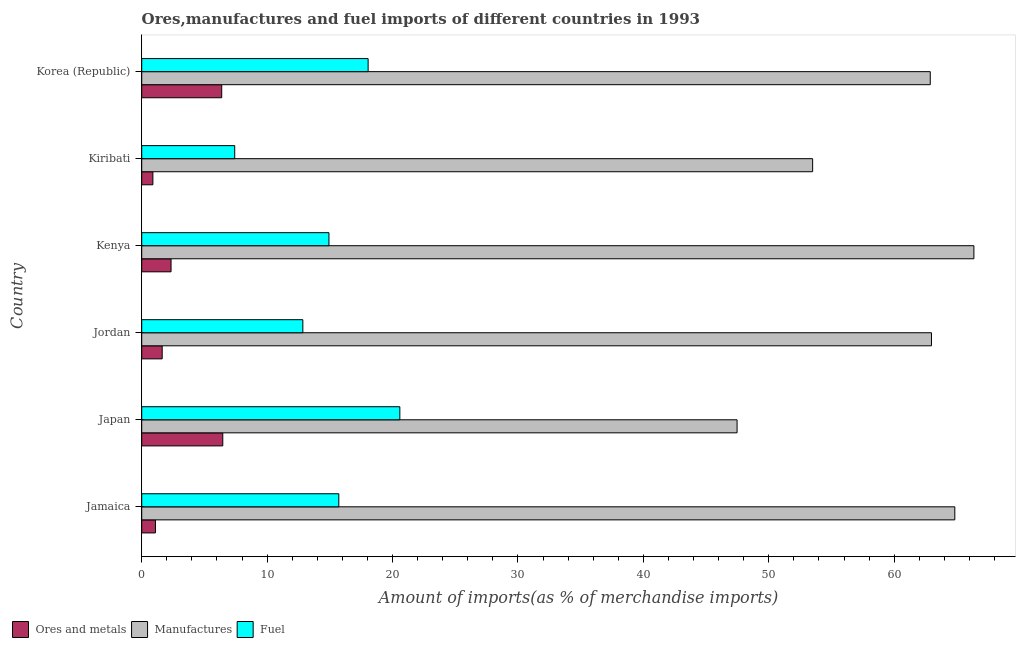
| Country | Ores and metals | Manufactures | Fuel |
 | --- | --- | --- | --- |
 | Jamaica | 1.1 | 64.8 | 15.7 |
 | Japan | 6.46 | 47.5 | 20.6 |
 | Jordan | 1.63 | 63 | 12.8 |
 | Kenya | 2.34 | 66.4 | 14.9 |
 | Kiribati | 0.891 | 53.5 | 7.41 |
 | Korea (Republic) | 6.38 | 62.9 | 18.1 |